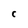
Character: C